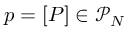
p = [ P ] \in \mathcal P _ { N }